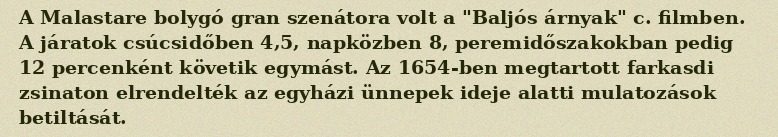
A Malastare bolygó gran szenátora volt a "Baljós árnyak" c. filmben. A járatok csúcsidőben 4,5, napközben 8, peremidőszakokban pedig 12 percenként követik egymást. Az 1654-ben megtartott farkasdi zsinaton elrendelték az egyházi ünnepek ideje alatti mulatozások betiltását.